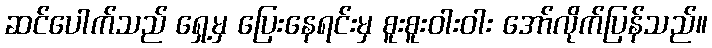
ဆင်ပေါက်သည် ရှေ့မှ ပြေးနေရင်းမှ စူးစူးဝါးဝါး အော်လိုက်ပြန်သည်။